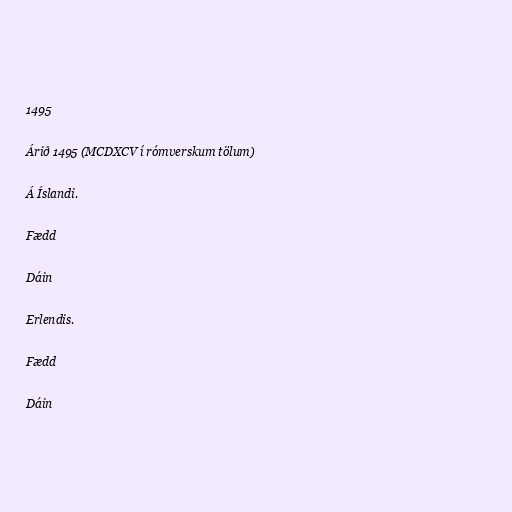
1495

Árið 1495 (MCDXCV í rómverskum tölum)

Á Íslandi.

Fædd

Dáin

Erlendis.

Fædd

Dáin